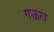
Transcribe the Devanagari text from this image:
गऊरा